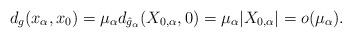
LaTeX: \begin{align*}d_g(x_\alpha, x_0) = \mu_\alpha d_{\hat{g}_\alpha}(X_{0,\alpha}, 0) = \mu_\alpha|X_{0,\alpha}| = o(\mu_\alpha).\end{align*}